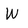
Character: W